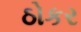
ઠોકર